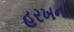
હરખના